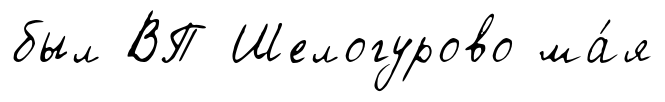
был ВП Шелогурово ма́я